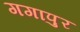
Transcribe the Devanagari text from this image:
गगापुर